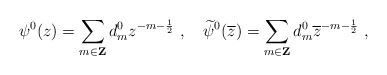
\begin{align*}\psi^{0}(z)=\sum_{m\in{\bf Z}}d^{0}_{m}z^{-m-\frac{1}{2}}~,\quad \widetilde{\psi}^{0}(\overline{z}) =\sum_{m\in{\bf Z}}d^{0}_{m}\overline{z}^{-m-\frac{1}{2}}~,\end{align*}